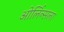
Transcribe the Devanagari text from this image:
ओर्लिन्सला